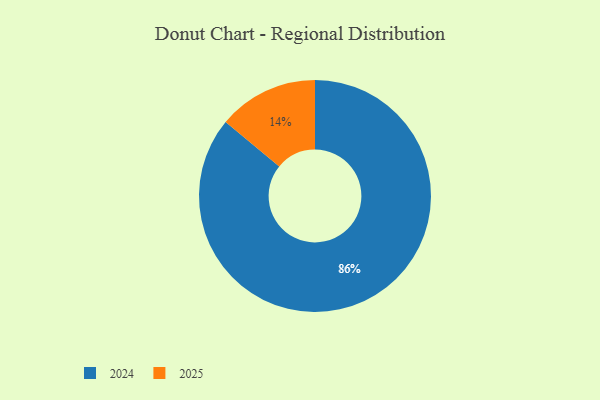
{"axis": {"x": "Category", "y": "Percentage"}, "legend": ["2024", "2025"], "data": [{"x": "2024", "y": 86, "type": "2024"}, {"x": "2025", "y": 14, "type": "2025"}]}